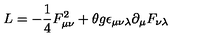
L = - \frac { 1 } { 4 } F _ { \mu \nu } ^ { 2 } + \theta g \epsilon _ { \mu \nu \lambda } \partial _ { \mu } F _ { \nu \lambda }